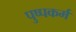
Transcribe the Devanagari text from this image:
पुष्पकर्म